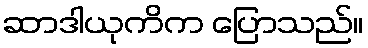
ဆာဒါယုကိက ပြောသည်။